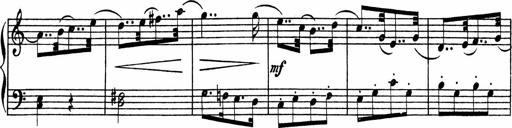
Title: Piano Sonata
Composer: Karl HÃ¤ssler
Key: C major